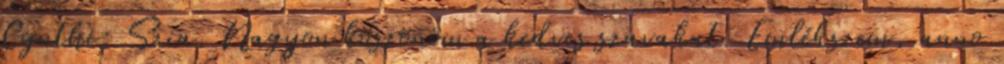
Cynthi: Szia. Nagyon köszönöm a kedves szavakat. Emlékszem, anno